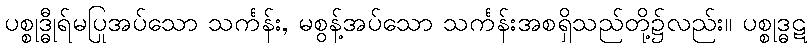
ပစ္စုဒ္ဓီုရ်မပြုအပ်သော သင်္ကန်း, မစွန့်အပ်သော သင်္ကန်းအစရှိသည်တို့၌လည်း။ ပစ္စုဒ္ဓဋ